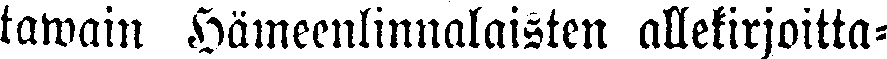
tawain Hämeenlinnalaisten allekirjoitta-